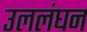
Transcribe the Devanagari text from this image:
उललंघन